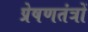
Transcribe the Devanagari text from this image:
प्रेषणतंत्रों